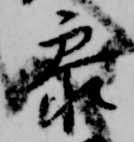
参